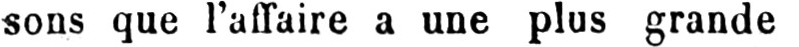
sons que l’affaire a une plus grande